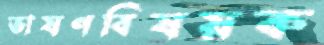
ভাষণবিষয়ক